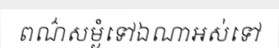
ពណ៌សម្ងំទៅឯណាអស់ទៅ